Civil Veterinary Dept. Bombay admin report 1893-99 - 1893-1899
Year: 1893
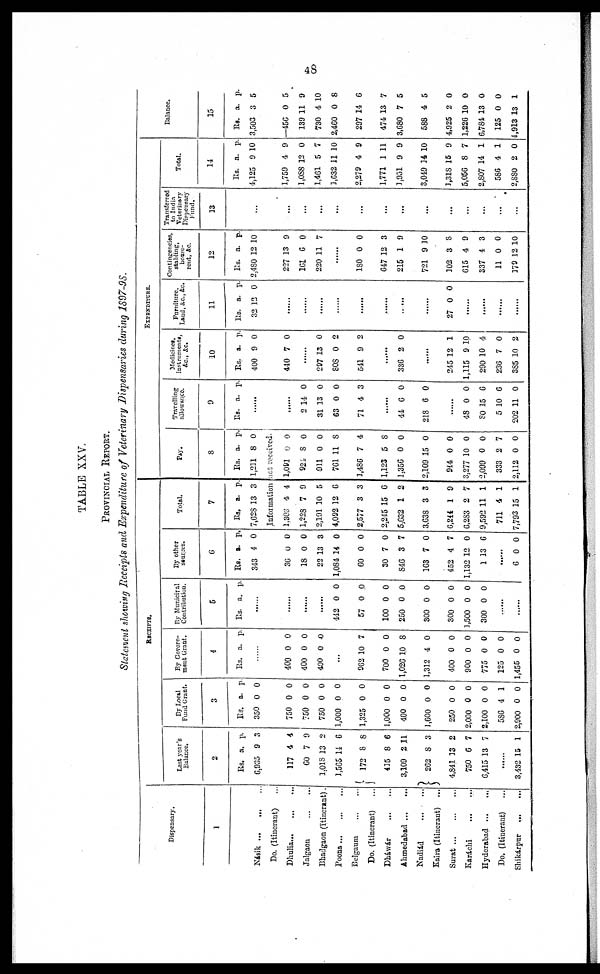
48
TABLE XXV
PROVINCIAL REPORT.
Statement showing Receipts and Expenditure of Veterinary Dispensaries during 1897-98.
Dispensary.
1
Násik … … …
Do. (Itinerant) …
Dhulia … … …
Jalgaon … … …
Bhadgaon (Itinerant).
Poona … … …
Belgaum
…
…
Do. (Itinerant) …
Dháwár
…
…
Ahmedabad … …
Nadiád
Kaira (Itinerant) …
Surat … … …
Karáchi
…
…
Hyderabad … …
Do. (Itinerant) …
Shikárpur
…
…
RECEIPTS.
Last year's
Balance.
2
Rs.
6,935
117
60
1,018
1,565
172
415
3,109
262
4,841
750
6,415
a.
9
4
7
13
14
8
8
2
8
13
6
13
p.
3
4
9
2
6
8
6
11
3
2
7
7
...…
3,432 15 1
By Local
Fund Grant.
3
Rs.
350
750
750
750
1,000
1,325
1,000
400
1,600
250
2,000
2,100
586
2,900
a.
0
0
0
0
0
0
0
0
0
0
0
0
4
0
p.
0
0
0
0
0
0
0
0
0
0
0
0
1
0
By Govern-
ment Grant.
4
Rs. a. p.
……
400
400
400
0
0
0
0
.0
0
...
962
700
1,026
1,312
400
900
775
125
1,455
10
0
10
4
0
0
0
0
0
7
0
8
0
0
0
0
0
0
By Municipal
Contribution.
5
Rs. a. p.
……
……
……
……
442
57
100
250
300
300
1,500
300
0
0
0
0
0
0
0
0
0
0
0
0
0
0
0
0
....... ……
By other
Sources.
6
Rs.
343
36
18
22
1,084
60
30
846
163
452
1,132
1
a.
4
0
0
13
14
0
7
3
7
4
12
13
p.
0
0
0
3
0
0
0
7
0
7
0
6
……
6 0 0
Total.
7
Rs.
7,628
a.
13
p.
3
EXPENDITURES.
Pay.
8
Rs.
1,231
a.
8
p.
0
Information not received.
1,303
1,228
2,191
4,092
2,577
2,245
5,632
3,638
6,244
6,283
9,592
711
7,793
4
7
10
12
3
15
1
3
1
2
11
4
15
4
9
5
6
3
6
2
3
9
7
1
1
1
1,091
921
911
761
1,486
1,123
1,356
2,109
944
3,277
2,099
333
2,112
0
8
0
11
7
5
0
15
0
10
0
2
0
0
0
0
8
4
8
0
0
0
0
0
7
0
Travlling
allowance.
9
Rs. a. p.
……
……
2
31
63
71
14
13
0
4
0
0
0
3
……
44
218
6
6
0
0
……
48
80
5
202
0
15
10 6
11
0
6
0
Medicines,
instruments,
&c., &c.
10
Rs.
400
440
a.
9
7
p.
0
0
……
297
808
541
13
0
9
0
2
2
……
336 2 0
......
245
1,115
290
236
385
12
9
10
7
10
1
10
4
0
2
Furniture
Land, &c., &c.
11
Rs..
32
a.
12
p.
0
…….
.......
……
……
……
……
……
……
27 0 0
……
……
……
……
Contingencies,
stabling,
house-
rent, &c.
12
Rs.
2,480
227
161
220
a.
12
13
6
11
p.
10
9
0
7
……
180
647
215
721
302
615
337
11
379
0
12
1
9
3
4
4
0
12
0
3
9
10
8
9
3
0
10
Transferred
to India
Veterinary
Dispensary
Fund.
13
…
...
...
...
...
…
…
...
...
...
…
...
...
...
Total.
14
Rs.
4,125
1,759
1,088
1,461
3,632
2,279
1,771
3,951
3,049
3,318
5,056
2,807
586
2,880
a..
9
4
12
5
11
4
1
9
14
15
8
14
4
2
p.
10
9
0
7
10
9
11
9
10
9
7
1
1
0
Balance.
15
Rs.
3,503
—456
139
730
2,460
297
474
3,680
588
4,925
1,226
6,784
125
1,913
a.
3
0
11
4
0
14
13
7
4
2
10 0
13 0
0 0
13
p.
5
5
9
10
8
6
7
5
5
0
1